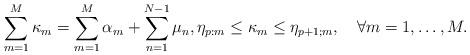
LaTeX: \begin{align*}\sum_{m=1}^{M}\kappa_m=\sum_{m=1}^{M}\alpha_m+\sum_{n=1}^{N-1}\mu_n,\eta_{p:m}\leq\kappa_m\leq\eta_{p+1;m},\quad\forall m=1,\dotsc,M.\end{align*}